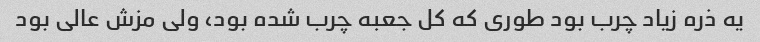
یه ذره زیاد چرب بود طوری که کل جعبه چرب شده بود، ولی مزش عالی بود